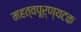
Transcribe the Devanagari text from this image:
महत्वपूर्ण्यटक